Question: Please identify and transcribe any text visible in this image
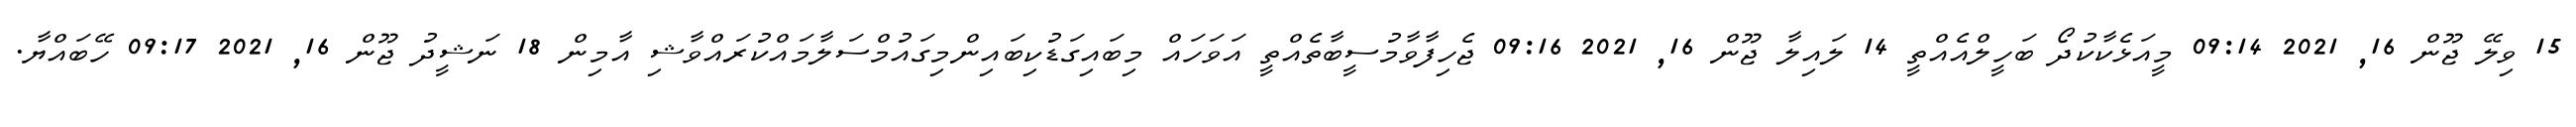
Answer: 15 ވިލޭ ޖޫން 16, 2021 09:14 މީއަޅެކާކުދޯ ބަހީލްއެއްތީ 14 ލައިލާ ޖޫން 16, 2021 09:16 ޖެހިފާވާމުސީބާތެއްތީ އަވަހައް މިބައިގަޑުކިބައިންމިގައުމްސަލާމައްކުރައްވާޝި އާމިން 18 ނަޝީދު ޖޫން 16, 2021 09:17 ހޭބައްޔާ.